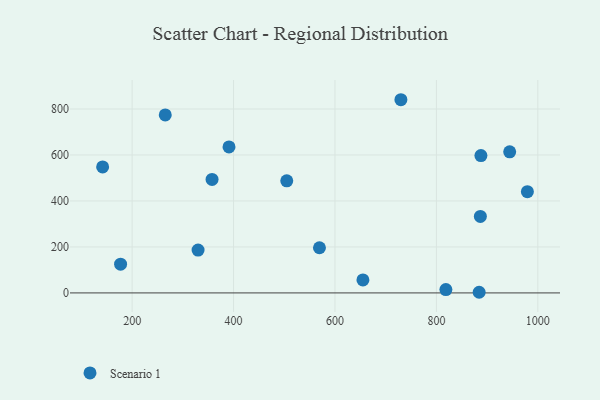
{"axis": {"x": "Distance", "y": "Exam Score"}, "legend": ["Scenario 1"], "data": [{"x": "730.0", "y": 840.3, "type": "Scenario 1"}, {"x": "357.6", "y": 493.5, "type": "Scenario 1"}, {"x": "979.4", "y": 440.3, "type": "Scenario 1"}, {"x": "504.9", "y": 487.4, "type": "Scenario 1"}, {"x": "884.3", "y": 2.8, "type": "Scenario 1"}, {"x": "391.0", "y": 634.8, "type": "Scenario 1"}, {"x": "330.0", "y": 186.4, "type": "Scenario 1"}, {"x": "141.8", "y": 547.8, "type": "Scenario 1"}, {"x": "944.5", "y": 613.6, "type": "Scenario 1"}, {"x": "569.4", "y": 196.4, "type": "Scenario 1"}, {"x": "265.3", "y": 774.2, "type": "Scenario 1"}, {"x": "887.8", "y": 597.3, "type": "Scenario 1"}, {"x": "655.1", "y": 56.3, "type": "Scenario 1"}, {"x": "818.7", "y": 14.5, "type": "Scenario 1"}, {"x": "886.7", "y": 332.5, "type": "Scenario 1"}, {"x": "177.2", "y": 125.1, "type": "Scenario 1"}]}